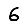
Digit: 6